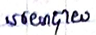
នយោបាយ